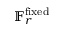
\mathbb { F } _ { r } ^ { \mathrm { f i x e d } }